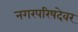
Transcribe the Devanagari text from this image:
नगरपरिषदेवर